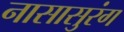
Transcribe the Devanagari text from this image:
नासासुरंग